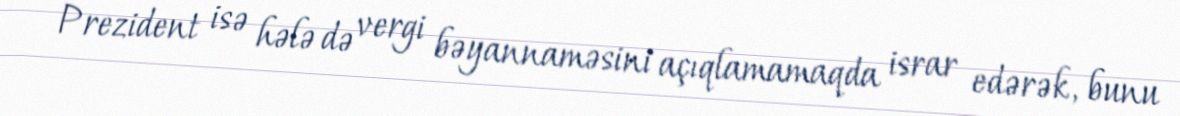
Prezident isə hələ də vergi bəyannaməsini açıqlamamaqda israr edərək, bunu